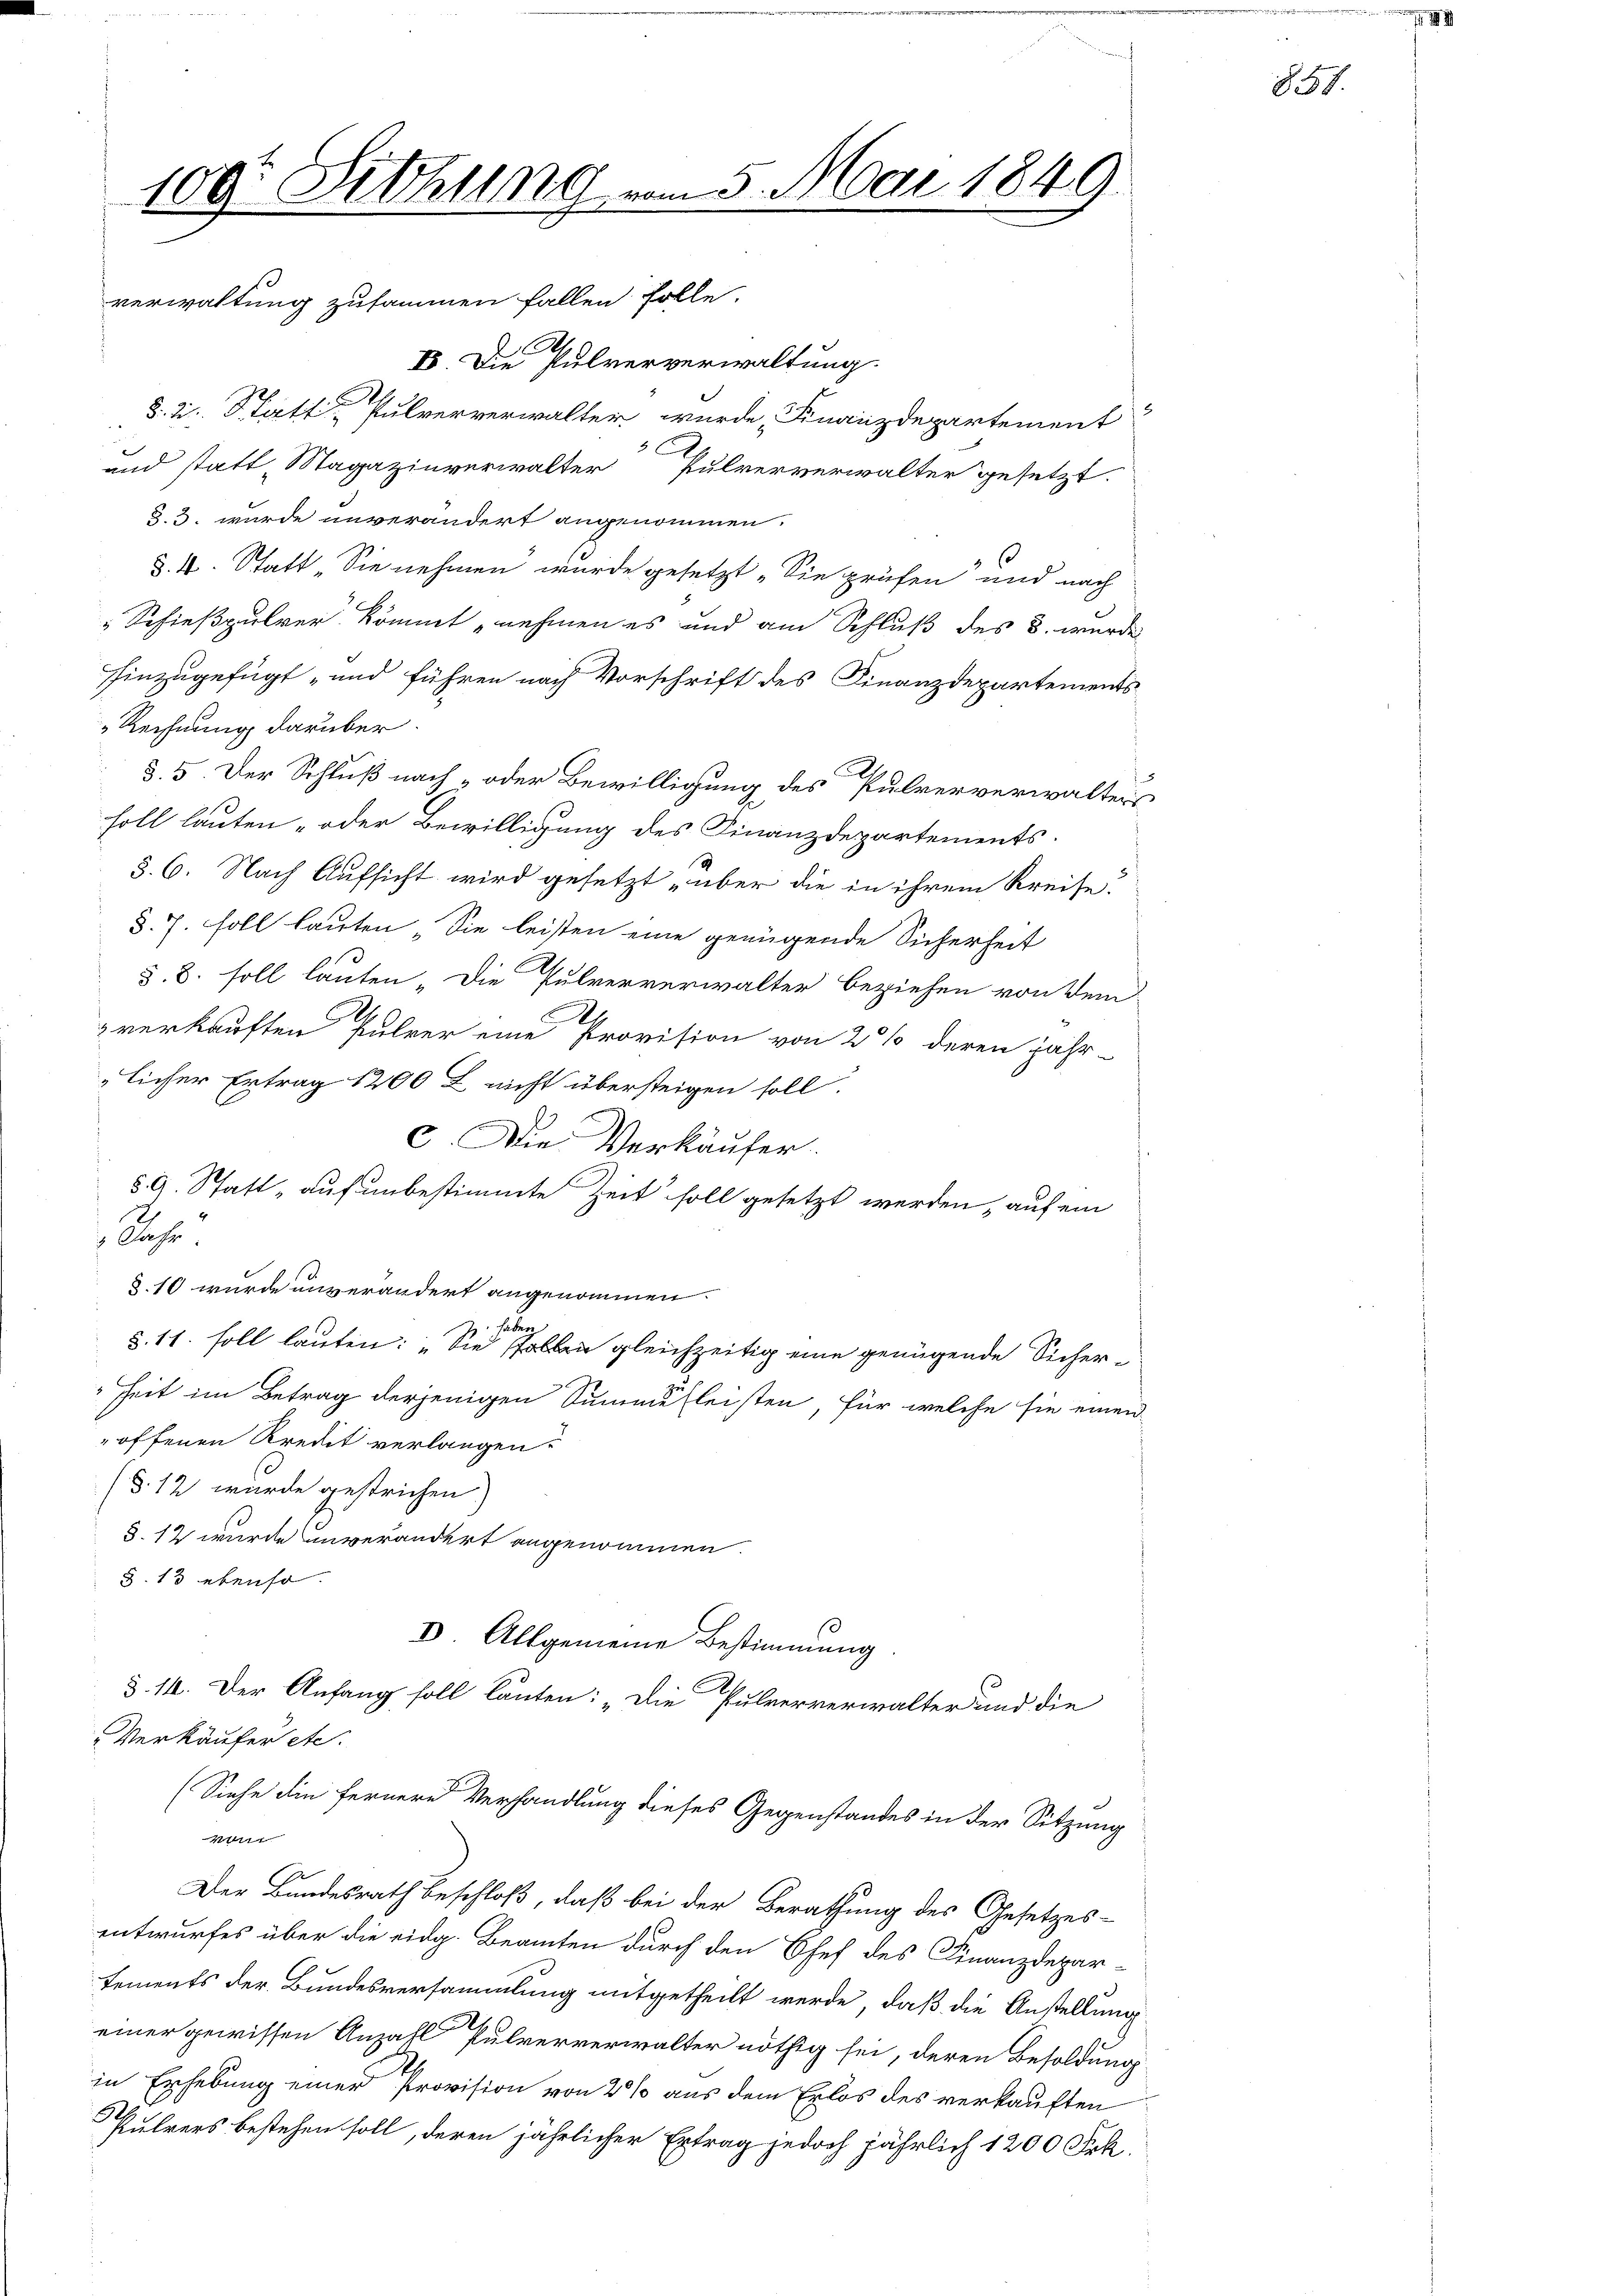
109. Sitzung vom 5. Mai 1849.
verwaltung zusammen fallen solle.

I Die Pulververwaltung.
§. 2. Statt, Pulververwalter wurde, Finanzdepartement
C
und statt Magazinverwalter Pulververwalter gesetzt.
§. 3. wurde unverändert angenommen.
s
§. 4. Statt „Sie nehmen wurde gesetzt „Sie prüfen und nach
Schießpulver kommt nehmen es und am Schluß des B. wurde
hinzugefügt und führen nach Vorschrift des Finanzdepartements
Rechnung darüber.
§. 5. Der Schluß nach- oder Bewilligung des Pulververwalters
soll lauten- oder Bewilligung des Finanzdepartements-
§. 6. Nach Aufsicht wird gesetzt über die in ihrem Kreise.
§. 7. soll lauten . Sie leisten eine genügende Sicherheit
§.8. soll lauten „Die Pulververwalter beziehen von dem
verkauften Pulver eine Provision von 2 % deren jähr-
licher Ertrag 1200 L nicht übersteigen soll.
c. Die Verkäufer.
§. 9. Statt „auf unbestimmte Zeit soll gesetzt werden, auf ein
Rache.
§.10 wurde unverändert angenommen.
§. 11. soll lauten: „Sie sollen gleichzeitig eine genügende Sicher¬
Zeit im Betrag derjenigen Summe fleisten, für welche sie einen
offenen Kredit verlangen.
(§. 12 wurde gestrichen)
§. 12 wurde unverändert angenommen.
§. 13 ebenso
D Allgemeine Bestimmung
§. 14. Der Anfang soll lauten: „Die Pulververwalter und die
Verkäufer etc.
(Siehe die fernere Verhandlung dieses Gegenstandes in der Sitzung
W
x
Der Bundesrath beschloß, daß bei der Berathung des Gesetzes-
entwurfes über die eidg. Beamten durch den Chef des Finanzdepar-
tements der Bundesversammlung mitgetheilt werde, daß die Anstellung
einer gewissen Anzahl Pulververwalter nöthig sei, deren Besoldung
2
in Erhebung einer Provision von 2 % aus dem Erlös des verkauften
Pulvers bestehen soll, deren jährlicher Ertrag jedoch jährlich 1200 Frk.

857.